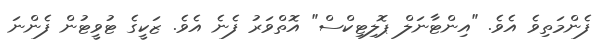
ފެންމަތިވެ އެވެ. "އިންޓާނަލް ޕޮލިޓިކްސް" އޮތްވަރު ފެނެ އެވެ. ޒަކީގެ ޓުވީޓުން ފެންނަ